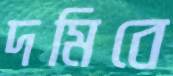
দমিবে